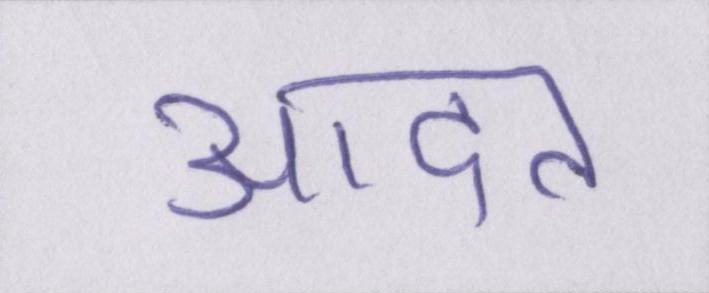
आदत